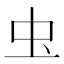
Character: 𮓰